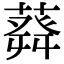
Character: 𦽬